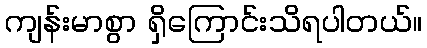
ကျန်းမာစွာ ရှိကြောင်းသိရပါတယ်။